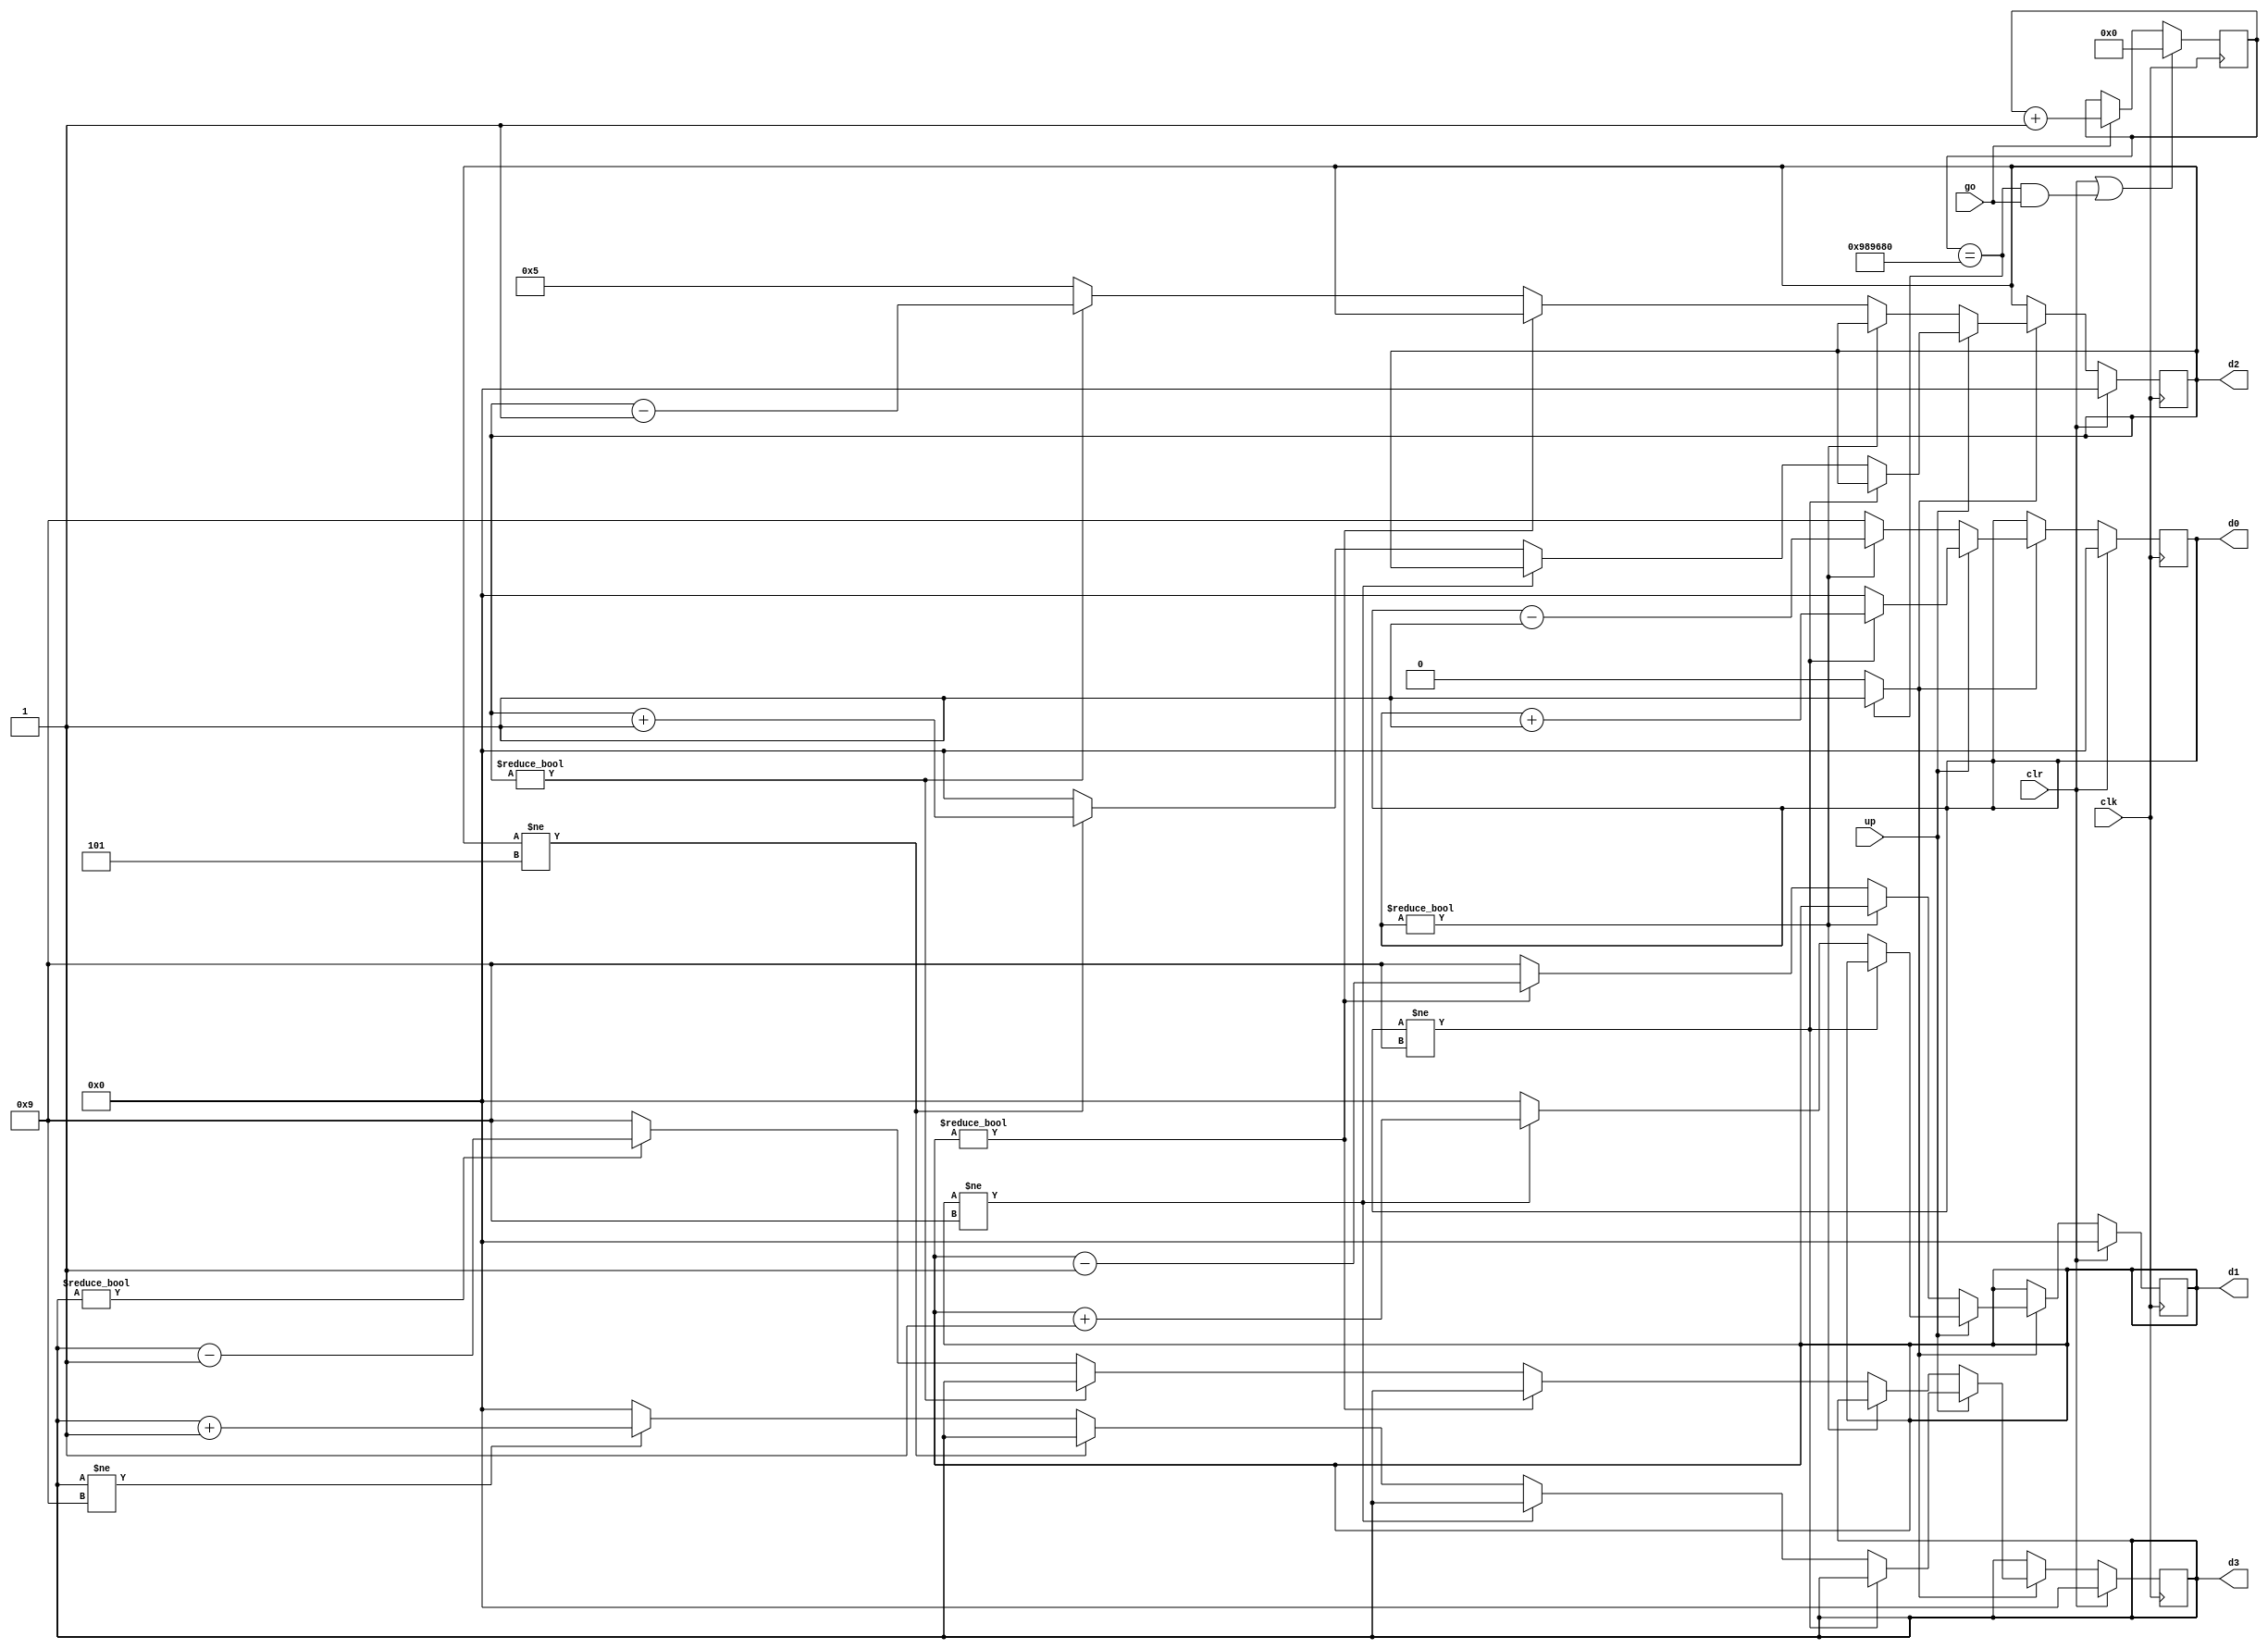
// Listing 4.18
module stop_watch_if
   (
    input wire clk,
    input wire go, clr,
    //***PART 2 - ADDED UP AS AN INPUT***
    input wire up,
    
    //***PART 1 - ADDED OUTPUT WIRE "d3" FOR MINUTE DISPLAY***
    output wire [3:0] d3, d2, d1, d0
   );

   // declaration
   localparam  DVSR = 10000000;
   reg [23:0] ms_reg;
   wire [23:0] ms_next;
   //***PART 1 - ADDED d3_reg AND d3_next FOR STORING AND CHANGING VALUE OF MINUTE DISPLAY***
   reg [3:0] d3_reg, d2_reg, d1_reg, d0_reg;
   reg [3:0] d3_next, d2_next, d1_next, d0_next;
   wire ms_tick;

   // body
   // register
   always @(posedge clk)
   begin
      ms_reg <= ms_next;
      //***PART 1 - ADDED d3_reg <= d3_next TO UPDATE VALUE OF MINUTE DISPLAY***
      d3_reg <= d3_next;
      d2_reg <= d2_next;
      d1_reg <= d1_next;
      d0_reg <= d0_next;
   end

   // next-state logic
   // 0.1 sec tick generator: mod-5000000
   assign ms_next = (clr || (ms_reg==DVSR && go)) ? 4'b0 :
                    (go) ? ms_reg + 1 :
                           ms_reg;
   assign ms_tick = (ms_reg==DVSR) ? 1'b1 : 1'b0;
   // 3-digit bcd counter
   always @*
   begin
      // default: keep the previous value
      d0_next = d0_reg;
      d1_next = d1_reg;
      d2_next = d2_reg;
      //***PART 1 - ADDED d3_next = d3_reg*** 
      d3_next = d3_reg;
      if (clr)
         begin
            d0_next = 4'b0;
            d1_next = 4'b0;
            d2_next = 4'b0;
            //***PART 1 - ADDED d3_next = 4'b0 TO SET MINUTE DISPLAY TO 0 WHEN clr IS HIGH***
            d3_next = 4'b0;
         end
      else if (ms_tick)
      //-------------------------------------------------------------------------------------------------------------------
      //PART 2 - PLACED ALL OF THE COUNT UP LOGIC FROM THE PREVIOUS PART IN AN if STATEMENT FOR WHEN THE "up" INPUT IS HIGH
      if(up)
      begin
         if (d0_reg != 9)
            d0_next = d0_reg + 1;
         else              // reach XX.9
            begin
               d0_next = 4'b0;
               if (d1_reg != 9)
                  d1_next = d1_reg + 1;
               else       // reach X9.9
                  begin
                     d1_next = 4'b0;
                     //***PART 1 - CHANGED TO !=5, AS X.59.X IS THE MAX VALUE FOR SECONDS COUNTER***
                     if (d2_reg != 5)
                        d2_next = d2_reg + 1;
                        //***PART 1 - ADDED LOGIC TO COUNT USING THE MINUTES DISPLAY***
                     else // reach 59.9
                        begin
                            d2_next = 4'b0;
                            if(d3_reg != 9)
                                d3_next = d3_reg + 1;
                            else 
                                d3_next = 4'b0;
                        end
                  end
            end
        end
        //-------------------------------------------------------------------------------------------------------------------
        //***PART 2 - ELSE, "up" IS LOW, COUNT DOWN LOGIC***
        else
        begin
        if (d0_reg != 0)//IF GREATER THAN 0, COUNT DOWN
                    d0_next = d0_reg - 1;//COUNT DOWN DECIMAL DISPLAY
                 else              // reach X.XX.0 (0 DECIMAL SECONDS)
                    begin
                       d0_next = 4'b1001; //DISPLAY 9 ON THE DECIMAL DISPLAY
                       if (d1_reg != 0)//IF GREATER THAN 0, COUNT DOWN THE SECONDS UNITS
                          d1_next = d1_reg - 1; //COUNT DOWN SECONDS UNITS
                       else       // reach X.X0.0 (X0 SECONDS)
                          begin
                             d1_next = 4'b1001; //DISPLAY 9 ON SECONDS UNITS DISPLAY
                             if (d2_reg != 0)//IF GREATER THAN 0, COUNT DOWN THE SECONDS TENS
                                d2_next = d2_reg - 1;//COUNT DOWN SECONDS TENS
                             else // reach X.00.0 (00 SECONDS)
                                begin
                                    d2_next = 4'b0101;//DISPLAY 9 ON THE SECONDS TENS DISPLAY
                                    if(d3_reg != 0)//IF GREATER THAN 0, COUNT DOWN THE MINUTES
                                        d3_next = d3_reg - 1;//COUNT DOWN MINUTES
                                    else 
                                        d3_next = 4'b1001;//DISPLAY 9 ON THE MINUTES DISPLAY
                                end
                          end
                    end
        end
        //-------------------------------------------------------------------------------------------------------------------
   end

   // output logic
   assign d0 = d0_reg;
   assign d1 = d1_reg;
   assign d2 = d2_reg;
   //***PART 1 - ADDED d3 = d3_reg TO ASSIGN THE UPDATED VALUE TO THE MINUTE DISPLAY REGISTER***
   assign d3 = d3_reg;

endmodule